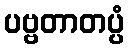
ပဗ္ဗတာတပ္ပံ